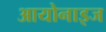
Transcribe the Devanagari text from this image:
आयोनाइज